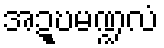
အဍ္ဎမဏ္ဍလံ